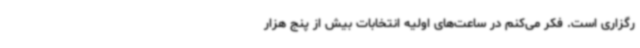
رگزاری است. فکر می‌کنم در ساعت‌های اولیه انتخابات بیش از پنج هزار